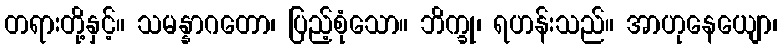
တရားတို့နှင့်။ သမန္နာဂတော၊ ပြည့်စုံသော။ ဘိက္ခု၊ ရဟန်းသည်။ အာဟုနေယျော၊